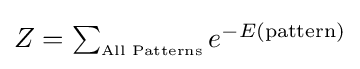
\textstyle {Z=\sum _{\scriptscriptstyle {\text{All Patterns}}}e^{-E({\text{pattern}})}}